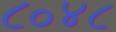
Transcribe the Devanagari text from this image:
८०४८